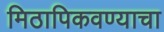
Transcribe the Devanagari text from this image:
मिठापिकवण्याचा